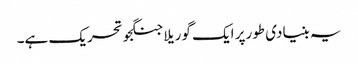
یہ بنیادی طورپر ایک گوریلا جنگجو تحریک ہے۔